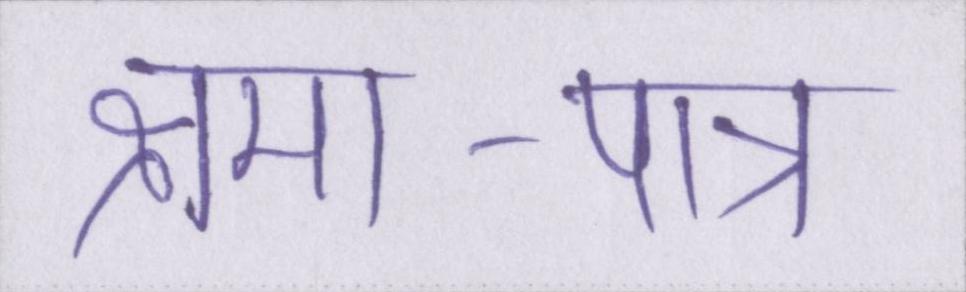
क्षमा-पात्र